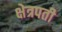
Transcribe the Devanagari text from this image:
क्षेत्रपती